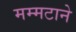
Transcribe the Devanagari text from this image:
मम्मटाने